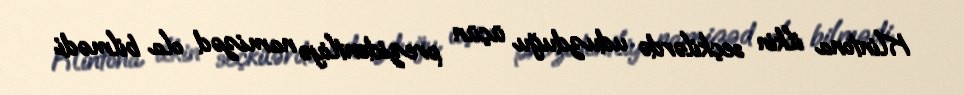
Klintona ilkin seçkilərdə uduzduğu üçün prezidentliyə namizəd ola bilmədi.